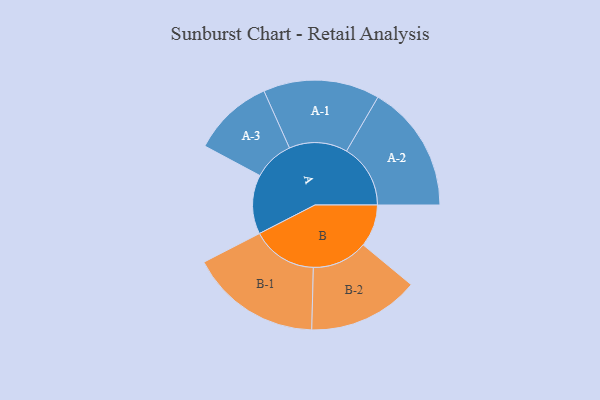
{"axis": {"x": "Segment", "y": "Value"}, "legend": ["", "A", "B"], "data": [{"x": "A", "y": 176, "type": ""}, {"x": "B", "y": 126, "type": ""}, {"x": "A-1", "y": 173, "type": "A"}, {"x": "A-2", "y": 190, "type": "A"}, {"x": "A-3", "y": 120, "type": "A"}, {"x": "B-1", "y": 195, "type": "B"}, {"x": "B-2", "y": 165, "type": "B"}]}